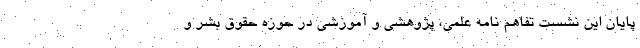
پایان این نشست تفاهم نامه علمی، پژوهشی و آموزشی در حوزه حقوق بشر و